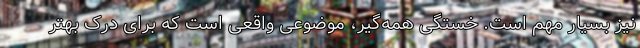
نیز بسیار مهم است. خستگی همه‌گیر، موضوعی واقعی است که برای درک بهتر